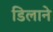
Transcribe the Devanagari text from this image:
डिलाने